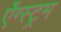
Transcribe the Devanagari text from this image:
ऐंग्स्ट्रम